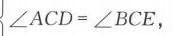
\(\angle ACD=\angle BCE\)